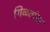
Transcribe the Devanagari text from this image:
गिळतांना